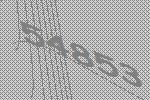
54853